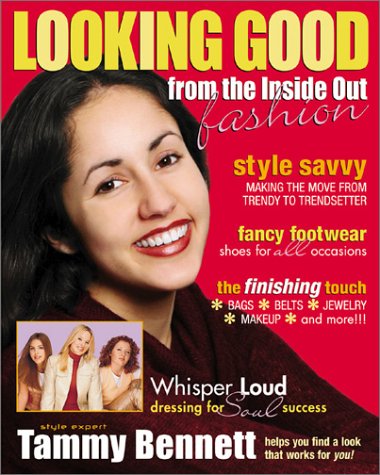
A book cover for Looking Good from the Inside Out: Fashion; Tammy Bennett; Teen & Young Adult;